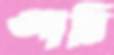
আরি